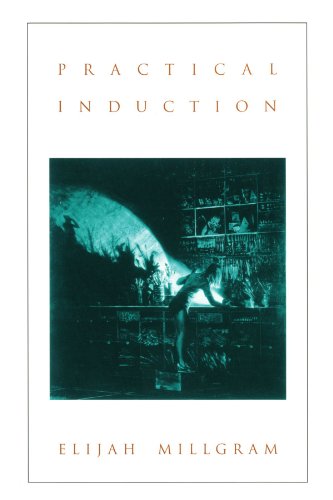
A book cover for Practical Induction; Elijah Millgram; Politics & Social Sciences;